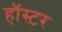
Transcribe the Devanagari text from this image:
हॉस्टर